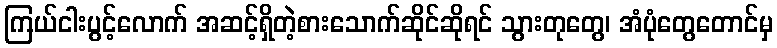
ကြယ်ငါးပွင့်လောက် အဆင့်ရှိတဲ့စားသောက်ဆိုင်ဆိုရင် သွားတုတွေ၊ အံပုံတွေတောင်မှ